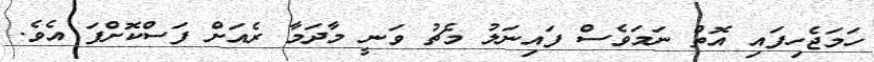
ހަމަޖެހިފައި އޮތް ނަމަވެސް ފައިނަލު މެޗު ވަނީ މާދަމާ ރެއަށް ފަސްކޮށްފަ އެވެ.